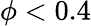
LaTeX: \phi<0.4